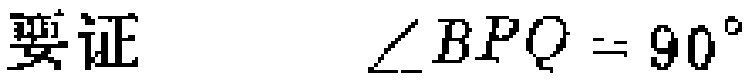
要证 $\angle BPQ = 90^{\circ}$